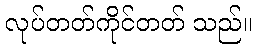
လုပ်တတ်ကိုင်တတ် သည်။